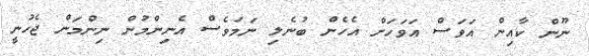
ނޫން ކާއިން އަވަސް އަވަހަށް އެހެން ބުނެލި ނަމަވެސް އެނިންމުން ނިންމަން ޖެހުނީ